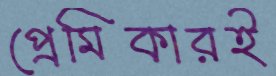
প্রেমিকারই